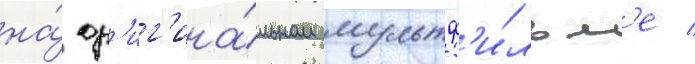
на́ ор'иг'ина́льном мультф'и́льм'е /